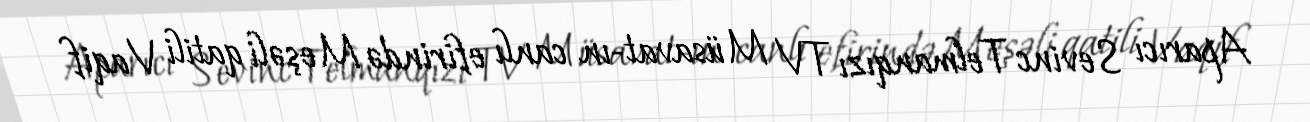
Aparıcı Sevinc Telmanqızı TV Müsavat-ın canlı efirində Meşəli qatili Vaqif